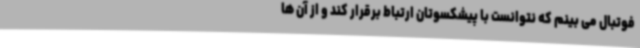
فوتبال می بینم که نتوانست با پیشکسوتان ارتباط برقرار کند و از آن ها